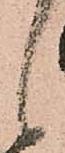
候